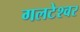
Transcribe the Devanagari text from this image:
गलटेश्वर